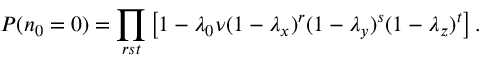
P ( n _ { 0 } = 0 ) = \prod _ { r s t } \left[ 1 - \lambda _ { 0 } \nu ( 1 - \lambda _ { x } ) ^ { r } ( 1 - \lambda _ { y } ) ^ { s } ( 1 - \lambda _ { z } ) ^ { t } \right] .